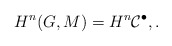
\begin{align*}H^n(G, M) = H^n \mathcal C^\bullet, .\end{align*}